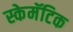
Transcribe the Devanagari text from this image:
स्केमॅटिक